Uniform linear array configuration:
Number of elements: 64
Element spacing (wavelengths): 0.25
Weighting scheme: blackman
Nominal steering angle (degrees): -15
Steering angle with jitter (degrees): -15.99
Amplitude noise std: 0.05
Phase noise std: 0.05

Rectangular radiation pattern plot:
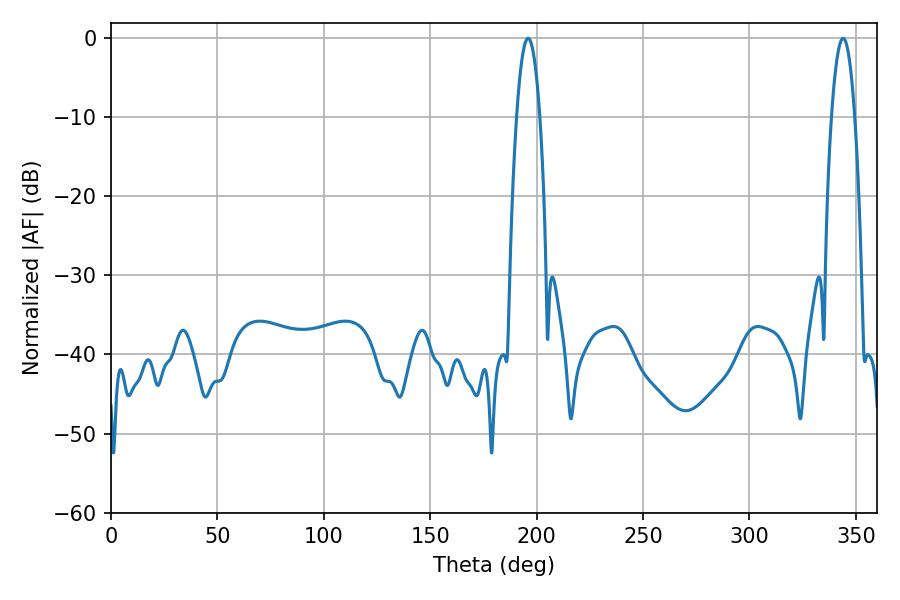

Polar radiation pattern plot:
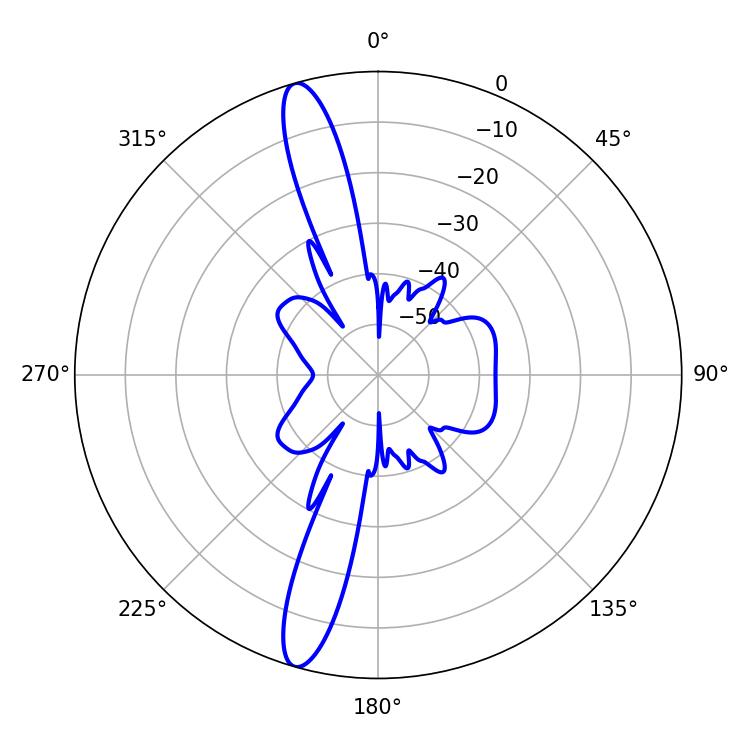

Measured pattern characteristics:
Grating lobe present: FALSE
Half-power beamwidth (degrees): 6.12
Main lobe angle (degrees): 343.98